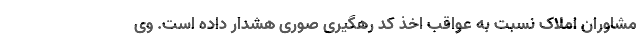
مشاوران املاک نسبت به عواقب اخذ کد رهگیری صوری هشدار داده است. وی